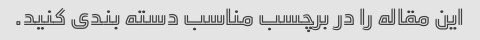
این مقاله را در برچسب مناسب دسته بندی کنید.